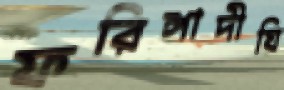
ফরিঙ্গাদীঘি